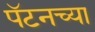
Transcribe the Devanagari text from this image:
पॅटनच्या